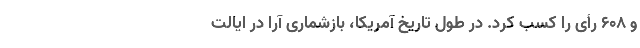
و ۶۰۸ رأی را کسب کرد. در طول تاریخ آمریکا، باز‌شماری آرا در ایالت